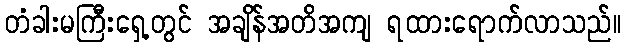
တံခါးမကြီးရှေ့တွင် အချိန်အတိအကျ ရထားရောက်လာသည်။